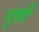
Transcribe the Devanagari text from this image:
वुकी